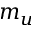
m _ { u }